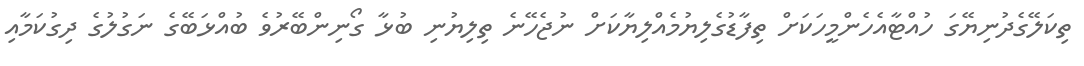
ތިކަލޭގެދުނިޔޭގަ ހުއްޓާއެހެންމީހަކަށް ތިފާޑުގެލިޔުމެއްލިޔާކަށް ނުޖެހޭނެ ތިލިޔުނި ބުޅާ ގޯނިންބޭރުވެ ބުއްޅަބޭގެ ނަގުލުގެ ދިގުކަމާއި